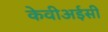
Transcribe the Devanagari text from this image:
केवीअईसी